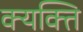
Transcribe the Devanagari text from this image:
क्यक्ति